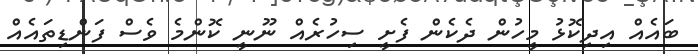
ބައެއް އިދިކޮޅު މީހުން ދެކެން ފެށީ ސިހުރެއް ނޫނީ ކޮންމެ ވެސް ފަންޑިތައެއް